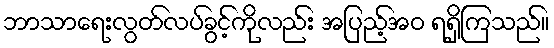
ဘာသာရေးလွတ်လပ်ခွင့်ကိုလည်း အပြည့်အဝ ရရှိကြသည်။